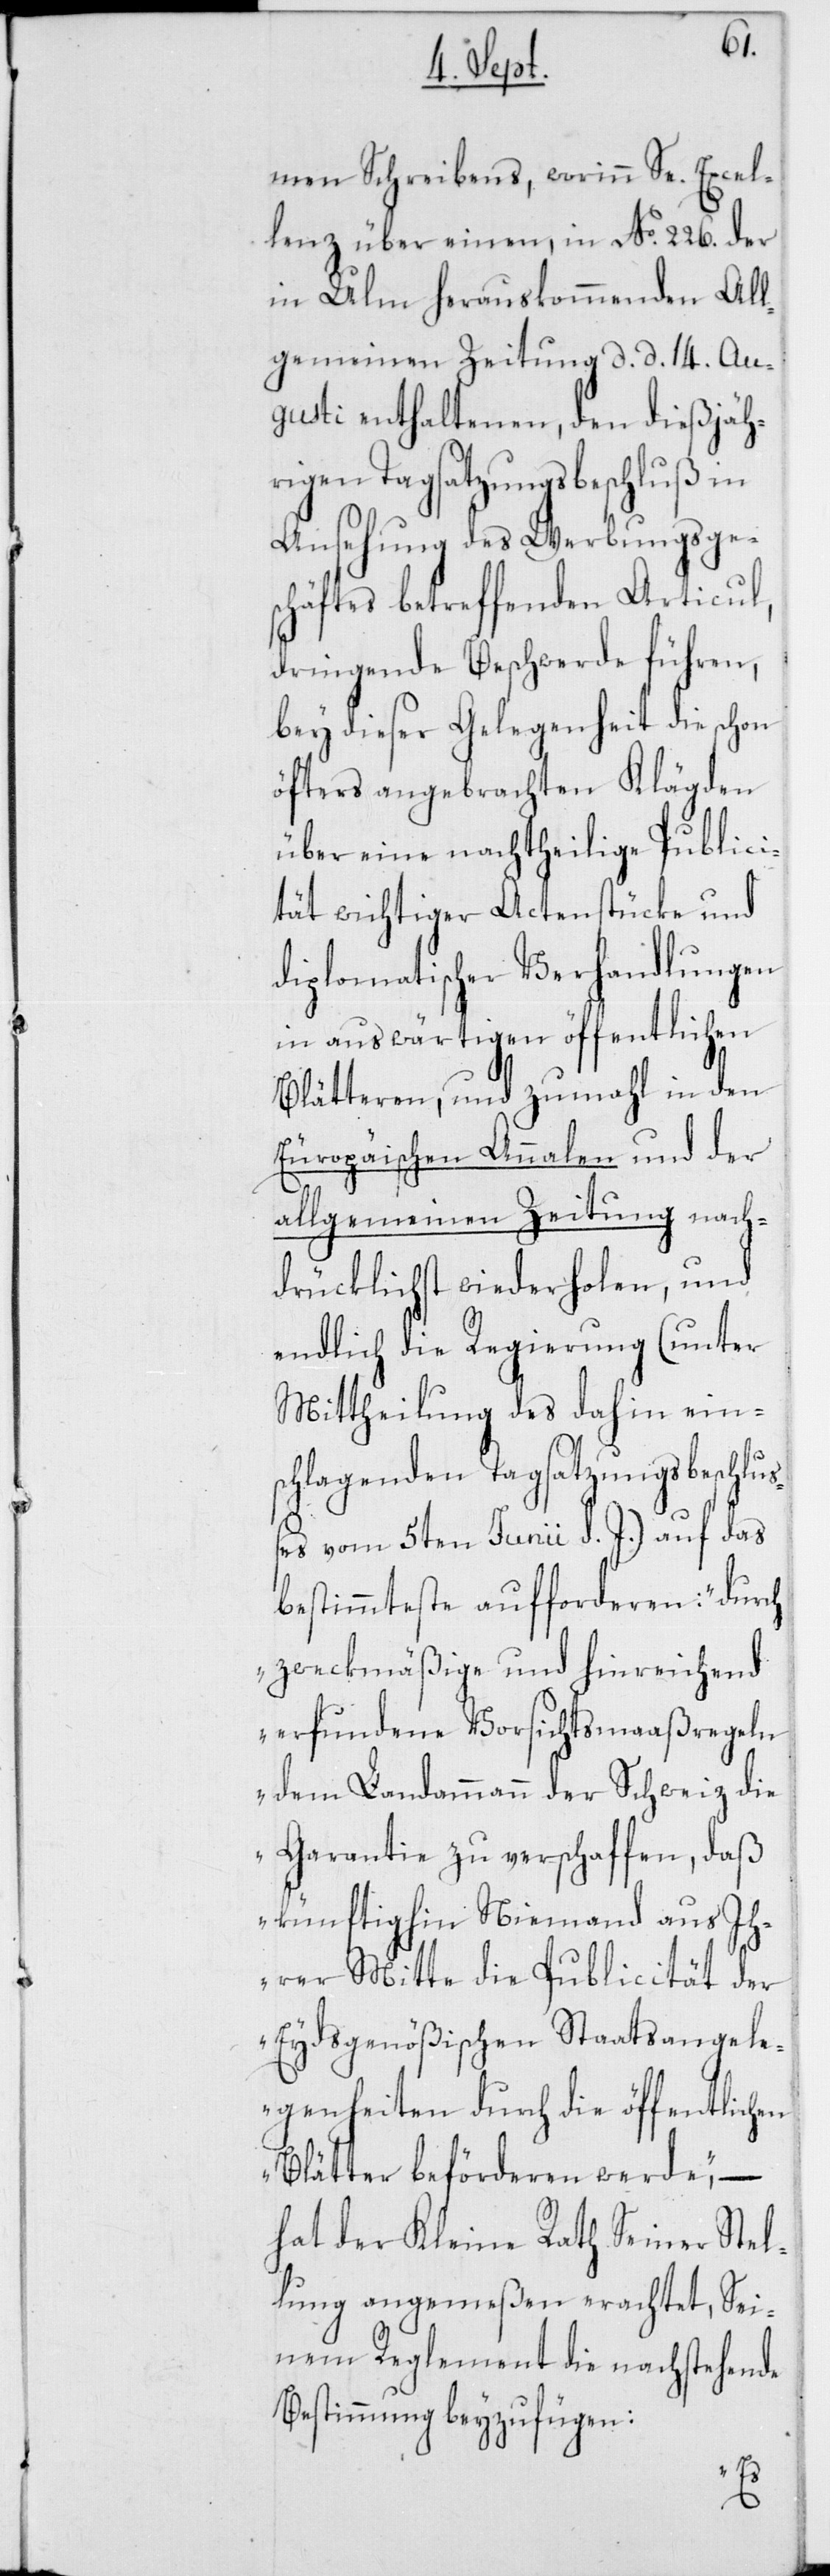
men Schreibens, worinn Se. Excel¬
lenz über einen, in No 226. der
in Ulm herauskommenden All¬
gemeinen Zeitung d. d.14. Au¬
gusti enthaltenen, den dießjäh¬
rigen Tagsatzungsbeschluß in
Ansehung des Werbungsges¬
chäftes betreffenden Articul,
dringende Beschwerde führen,
bey dieser Gelegenheit die schon
öfters angebrachten Klägden
über eine nachtheilige Publici¬
tät wichtiger Actenstücke und
diplomatischer Verhandlungen
in auswärtigen öffentlichen
Blätteren, und zumahl in den
Europäischen Annalen und der
allgemeinen Zeitung nach¬
drücklichst wiederholen, und
endlich die Regierung (unter
Mittheilung des dahin ein¬
schlagenden Tagsatzungsbeschluß¬
es vom 5ten Junii d. J.) auf das
bestimmteste aufforderen: „durch
zweckmäßige und hinreichend
erfundene Vorsichtsmaaßregeln
dem Landammann der Schweiz die
Garantie zu verschaffen, daß
künftighin Niemand aus Ih¬
rer Mitte die Publicität der
Eydsgenößischen Staatsangele¬
genheiten durch die öffentlichen
Blätter beförderen werde“, –
hat der Kleine Rath Seiner Stel¬
lung angemeßen erachtet, Sei¬
nem Reglement die nachstehende
Bestimmung beyzufügen: